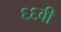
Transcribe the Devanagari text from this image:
६६वी